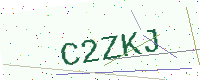
Text: C2ZKJ